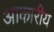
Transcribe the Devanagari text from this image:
आकारीय